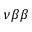
\nu \beta \beta